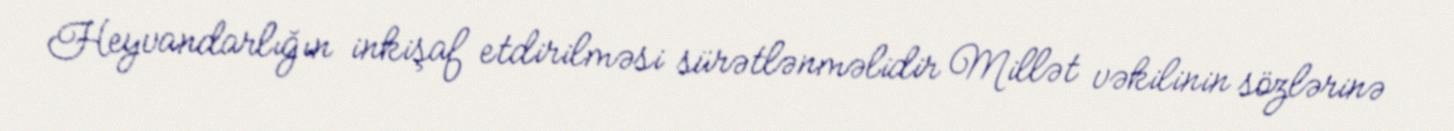
Heyvandarlığın inkişaf etdirilməsi sürətlənməlidir Millət vəkilinin sözlərinə